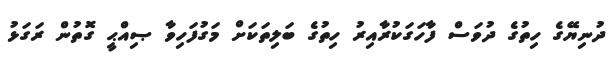
ދުނިޔޭގެ ހިތުގެ ދުވަސް ފާހަގަކުރާއިރު ހިތުގެ ބަލިތަކަށް މަގުފަހިވާ ޞިއްޙީ ގޮތުން ރަގަޅު